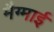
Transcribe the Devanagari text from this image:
मैग्माई